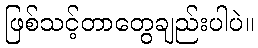
ဖြစ်သင့်တာတွေချည်းပါပဲ။